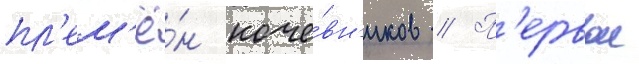
пл'ем'ё́н коче́вн'иков // П'ервои